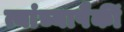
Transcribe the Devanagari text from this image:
त्यांच्यापैकीं